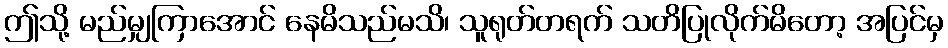
ဤသို့ မည်မျှကြာအောင် နေမိသည်မသိ၊ သူရုတ်တရက် သတိပြုလိုက်မိတော့ အပြင်မှ